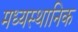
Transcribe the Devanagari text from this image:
मध्यस्थानिक